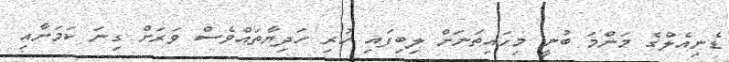
ޑެނިއެލްގެ މަންމަ ބުނީ މިހައިތަނަށް ލިބިފައި ހުރި ހަދިޔާތައްވެސް ވަަރަށް ގިނަ ކަމަށާއި